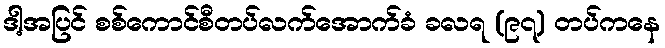
ဒါ့အပြင် စစ်ကောင်စီတပ်လက်အောက်ခံ ခလရ (၉၇) တပ်ကနေ